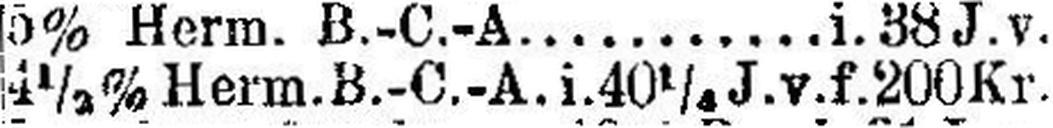
4½% Herm. B.-C.-A. i. 40¼ J. v. f. 200 Kr.